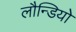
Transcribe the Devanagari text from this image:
लौन्डियोे